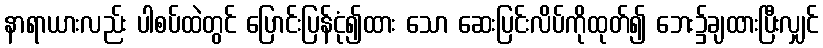
နာရာယားလည်း ပါစပ်ထဲတွင် ပြောင်းပြန်ငုံ၍ထား သော ဆေးပြင်းလိပ်ကိုထုတ်၍ ဘေး၌ချထားပြီးလျှင်